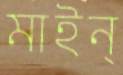
মাইন্‌